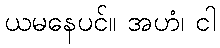
ယမနေပင်။ အဟံ၊ ငါ